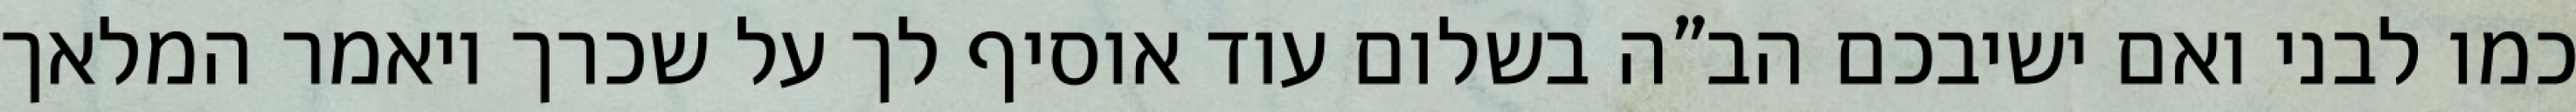
כמו לבני ואם ישיבכם הב”ה בשלום עוד אוסיף לך על שכרך ויאמר המלאך